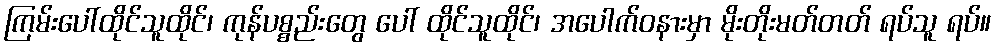
ကြမ်းပေါ်ထိုင်သူထိုင်၊ ကုန်ပစ္စည်းတွေ ပေါ် ထိုင်သူထိုင်၊ အပေါက်ဝနားမှာ မိုးတိုးမတ်တတ် ရပ်သူ ရပ်။